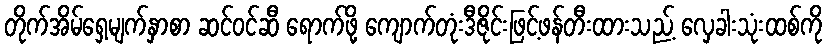
တိုက်အိမ်ရှေ့မျက်နှာစာ ဆင်ဝင်ဆီ ရောက်ဖို့ ကျောက်တုံးဒီဇိုင်းဖြင့်ဖန်တီးထားသည့် လှေခါးသုံးထစ်ကို